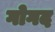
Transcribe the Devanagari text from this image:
गोगद